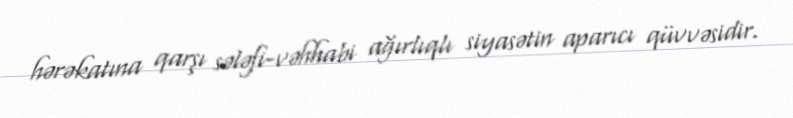
hərəkatına qarşı sələfi-vəhhabi ağırlıqlı siyasətin aparıcı qüvvəsidir.